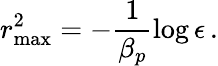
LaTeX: r_{\mathrm{max}}^{2}=-\frac{1}{\beta_{p}}\log{\epsilon}\, .